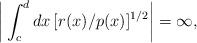
LaTeX: \begin{align*}\bigg|\int_c^d dx\, [r(x)/p(x)]^{1/2}\bigg| =\infty,\end{align*}